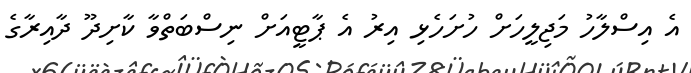
އެ އިސްލާހު މަޖިލީހަށް ހުށަހެޅި އިރު އެ ޕާޓީއަށް ނިސްބަތްވާ ކާށިދޫ ދާއިރާގެ